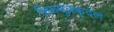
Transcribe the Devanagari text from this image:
तिरुमुक्कुदल